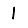
Digit: 1